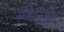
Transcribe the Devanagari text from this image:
मॅकेनिझम